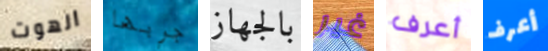
الهوت جربها بالجهاز غير أعرف أعرف